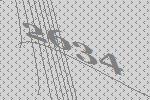
2634